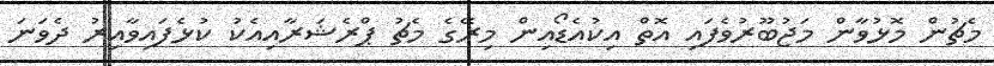
މެޗުން މޮޅުވާން މަޖުބޫރުވެފައި އޮތް އިކުއެޑޯއިން މިރޭގެ މެޗު ޕްރެޝަރާއިއެކު ކުޅެފައިވާއިރު ދެވަނަ